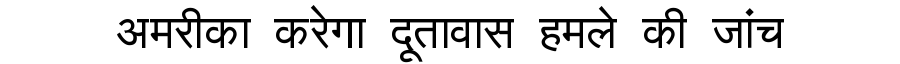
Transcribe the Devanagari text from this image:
अमरीका करेगा दूतावास हमले की जांच